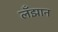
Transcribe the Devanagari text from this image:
लँझान